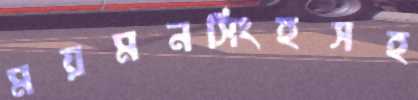
ময়মনসিংহসহ